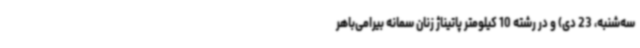
سه‌شنبه، 23 دی) و در رشته 10 کیلومتر پاتیناژ زنان سمانه بیرامی‌باهر